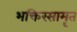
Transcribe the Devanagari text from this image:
भक्तिरसामृत